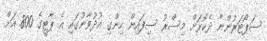
ސަޕޯޓަރުންނާ ދެކޮޅަށް މިސްރު ސިފައިން ހިންގި އުދުވާނުގައި އެ ޕާޓީގެ 800 އަށް